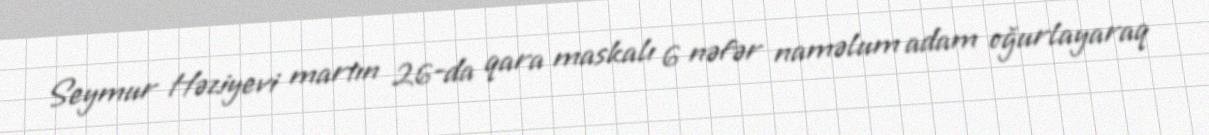
Seymur Həziyevi martın 26-da qara maskalı 6 nəfər naməlum adam oğurlayaraq